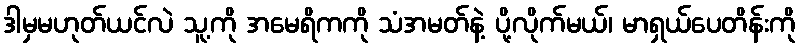
ဒါမှမဟုတ်ယင်လဲ သူ့ကို အမေရိကကို သံအမတ်နဲ့ ပို့လိုက်မယ်၊ မာရှယ်ပေတိန်းကို